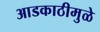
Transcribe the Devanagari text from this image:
आडकाठीमुळे